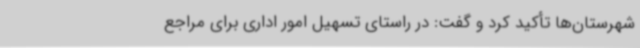
شهرستان‌ها تأکید کرد و گفت: در راستای تسهیل امور اداری برای مراجع